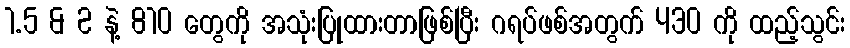
1.5 & 2 နဲ့ 810 တွေကို အသုံးပြုထားတာဖြစ်ပြီး ဂရပ်ဖစ်အတွက် 430 ကို ထည့်သွင်း